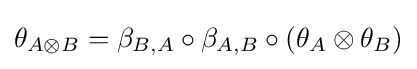
\theta _{A\otimes B}=\beta _{B,A}\circ \beta _{A,B}\circ (\theta _{A}\otimes \theta _{B})